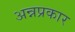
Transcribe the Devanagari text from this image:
अन्नप्रकार